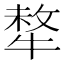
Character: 㹈